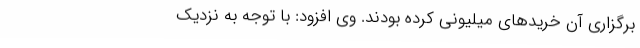
برگزاری آن خریدهای میلیونی کرده بودند. وی افزود: با توجه به نزدیک